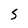
Character: S